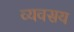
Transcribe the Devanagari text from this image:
व्यवसय